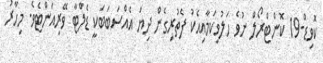
ކޮވިޑް-19 ކޮންޓްރޯލް ނުވެ ހަލުވިކަމާއިއެކު ފެތުރިގެން ދިޔަ އެއްސަބަބަކީ ޑެލްޓާ ވޭރިއަންޓެވެ. މިހާރު